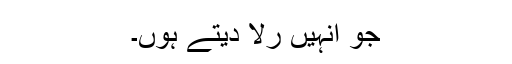
جو انہیں رُلا دیتے ہوں۔